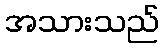
အသားသည်